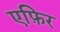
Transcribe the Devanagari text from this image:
एफ़िर